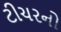
ટીચરનો